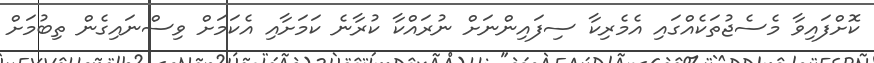
ކޮށްފައިވާ މެސެޖުތަކެއްގައި އެމެރިކާ ސިފައިންނަށް ނުރައްކާ ކުރާނެ ކަމަށާއި އެކަމަށް ވިސްނައިގެން ތިބުމަށް